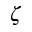
\zeta